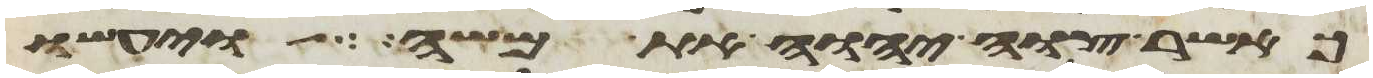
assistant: כאשר צוה יהוה את משה ויעשו